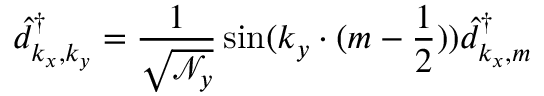
\hat { d } _ { k _ { x } , k _ { y } } ^ { \dagger } = \frac { 1 } { \sqrt { \mathcal { N } _ { y } } } \sin ( k _ { y } \cdot ( m - \frac { 1 } { 2 } ) ) \hat { d } _ { k _ { x } , m } ^ { \dagger }